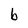
Character: b